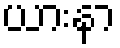
ယားနာ